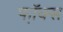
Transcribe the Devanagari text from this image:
फॉ़क्स